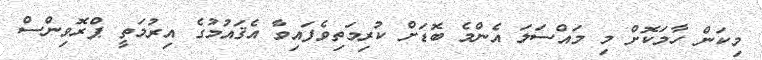
މިކަން ހާމަކޮށް މި މައްސަލަ އެންމެ ބޮޑަށް ކުރިމަތިވެފައިވާ އެޤައުމުގެ އިރުމަތީ ޕްރޮވިންސް